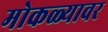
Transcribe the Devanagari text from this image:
मोकळ्यावर